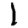
Digit: 1